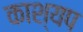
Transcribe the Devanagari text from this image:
काश्‍यप